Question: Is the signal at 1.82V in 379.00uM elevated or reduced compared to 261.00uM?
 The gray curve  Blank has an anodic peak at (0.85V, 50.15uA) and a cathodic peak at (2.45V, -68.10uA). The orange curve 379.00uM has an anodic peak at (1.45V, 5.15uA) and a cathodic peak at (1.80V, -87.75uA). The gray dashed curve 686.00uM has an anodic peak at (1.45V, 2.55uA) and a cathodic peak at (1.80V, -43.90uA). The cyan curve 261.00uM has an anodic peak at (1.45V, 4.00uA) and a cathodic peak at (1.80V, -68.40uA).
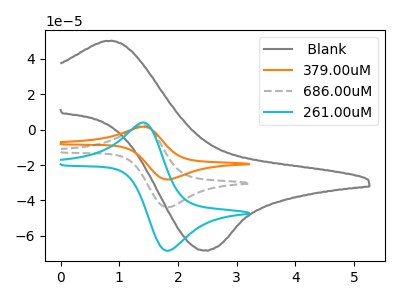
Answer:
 <answer>The peak at 1.82V is higher in "379.00uM" than in "261.00uM".</answer>
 <eval>higher</eval>